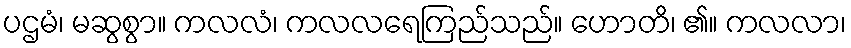
ပဌမံ၊ မဆွစွာ။ ကလလံ၊ ကလလရေကြည်သည်။ ဟောတိ၊ ၏။ ကလလာ၊